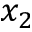
x _ { 2 }